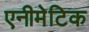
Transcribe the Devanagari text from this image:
एनीमेटिक